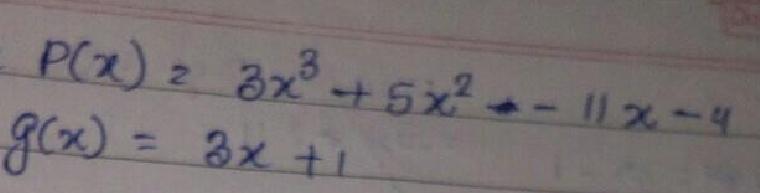
\begin{align*}
P(x)&=3x^{3}+5x^{2}-11x - 4\\
g(x)&=3x + 1
\end{align*}